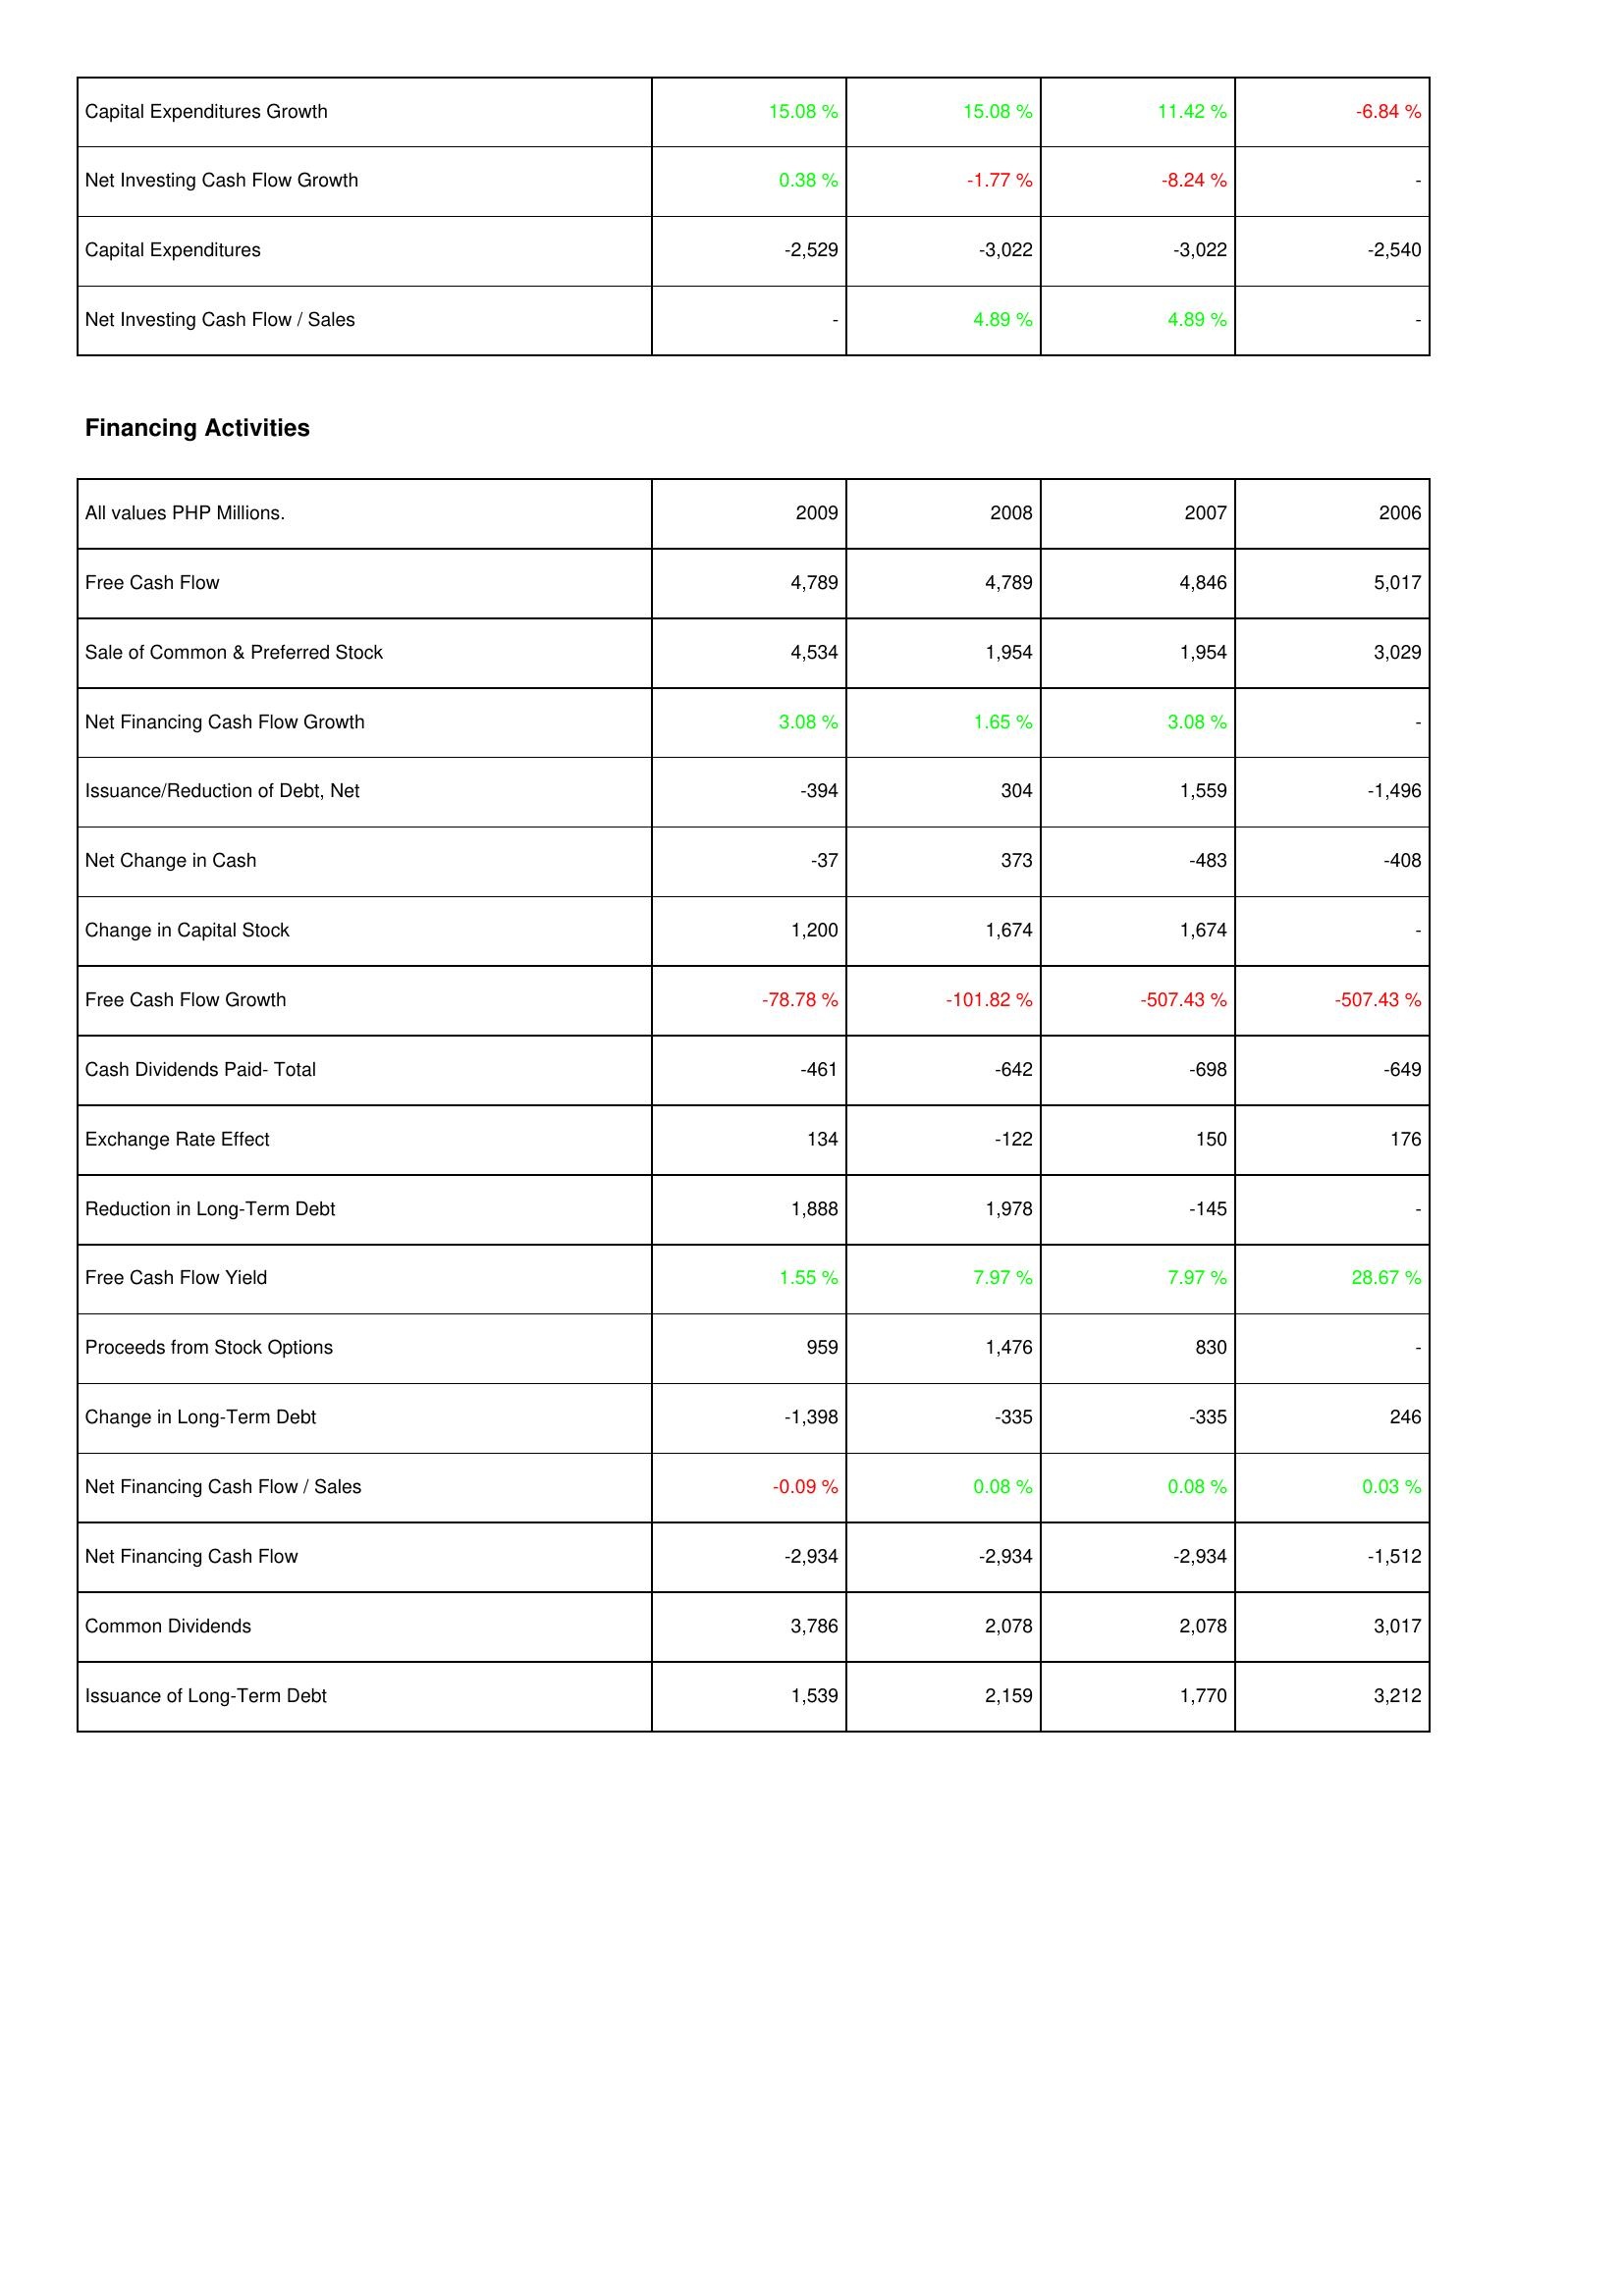
2009: Investing Activities: Capital Expenditures Growth: 15.08 %
Net Investing Cash Flow Growth: 0.38 %
Capital Expenditures: -2,529
Net Investing Cash Flow / Sales: -
Financing Activities: Free Cash Flow: 4,789
Sale of Common & Preferred Stock: 4,534
Net Financing Cash Flow Growth: 3.08 %
Issuance/Reduction of Debt, Net: -394
Net Change in Cash: -37
Change in Capital Stock: 1,200
Free Cash Flow Growth: -78.78 %
Cash Dividends Paid- Total: -461
Exchange Rate Effect: 134
Reduction in Long-Term Debt: 1,888
Free Cash Flow Yield: 1.55 %
Proceeds from Stock Options: 959
Change in Long-Term Debt: -1,398
Net Financing Cash Flow / Sales: -0.09 %
Net Financing Cash Flow: -2,934
Common Dividends: 3,786
Issuance of Long-Term Debt: 1,539
2008: Investing Activities: Capital Expenditures Growth: 15.08 %
Net Investing Cash Flow Growth: -1.77 %
Capital Expenditures: -3,022
Net Investing Cash Flow / Sales: 4.89 %
Financing Activities: Free Cash Flow: 4,789
Sale of Common & Preferred Stock: 1,954
Net Financing Cash Flow Growth: 1.65 %
Issuance/Reduction of Debt, Net: 304
Net Change in Cash: 373
Change in Capital Stock: 1,674
Free Cash Flow Growth: -101.82 %
Cash Dividends Paid- Total: -642
Exchange Rate Effect: -122
Reduction in Long-Term Debt: 1,978
Free Cash Flow Yield: 7.97 %
Proceeds from Stock Options: 1,476
Change in Long-Term Debt: -335
Net Financing Cash Flow / Sales: 0.08 %
Net Financing Cash Flow: -2,934
Common Dividends: 2,078
Issuance of Long-Term Debt: 2,159
2007: Investing Activities: Capital Expenditures Growth: 11.42 %
Net Investing Cash Flow Growth: -8.24 %
Capital Expenditures: -3,022
Net Investing Cash Flow / Sales: 4.89 %
Financing Activities: Free Cash Flow: 4,846
Sale of Common & Preferred Stock: 1,954
Net Financing Cash Flow Growth: 3.08 %
Issuance/Reduction of Debt, Net: 1,559
Net Change in Cash: -483
Change in Capital Stock: 1,674
Free Cash Flow Growth: -507.43 %
Cash Dividends Paid- Total: -698
Exchange Rate Effect: 150
Reduction in Long-Term Debt: -145
Free Cash Flow Yield: 7.97 %
Proceeds from Stock Options: 830
Change in Long-Term Debt: -335
Net Financing Cash Flow / Sales: 0.08 %
Net Financing Cash Flow: -2,934
Common Dividends: 2,078
Issuance of Long-Term Debt: 1,770
2006: Investing Activities: Capital Expenditures Growth: -6.84 %
Net Investing Cash Flow Growth: -
Capital Expenditures: -2,540
Net Investing Cash Flow / Sales: -
Financing Activities: Free Cash Flow: 5,017
Sale of Common & Preferred Stock: 3,029
Net Financing Cash Flow Growth: -
Issuance/Reduction of Debt, Net: -1,496
Net Change in Cash: -408
Change in Capital Stock: -
Free Cash Flow Growth: -507.43 %
Cash Dividends Paid- Total: -649
Exchange Rate Effect: 176
Reduction in Long-Term Debt: -
Free Cash Flow Yield: 28.67 %
Proceeds from Stock Options: -
Change in Long-Term Debt: 246
Net Financing Cash Flow / Sales: 0.03 %
Net Financing Cash Flow: -1,512
Common Dividends: 3,017
Issuance of Long-Term Debt: 3,212